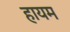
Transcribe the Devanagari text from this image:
हायम